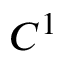
C ^ { 1 }